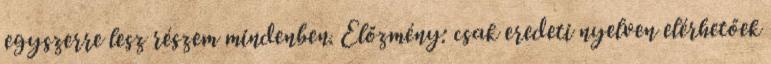
egyszerre lesz részem mindenben. Előzmény: csak eredeti nyelven elérhetőek